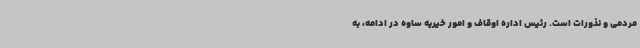
مردمی و نذورات است. رئیس اداره اوقاف و امور خیریه ساوه در ادامه، به